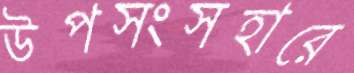
উপসংসহারে